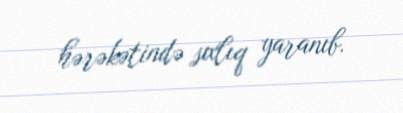
hərəkətində sıxlıq yaranıb.